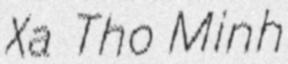
Xa Tho Minh